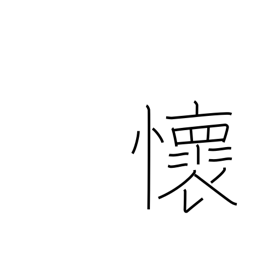
Meaning: feelings